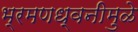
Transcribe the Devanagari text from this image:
भ्रमणध्वनीमुळे